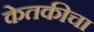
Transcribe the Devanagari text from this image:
केतकीचा